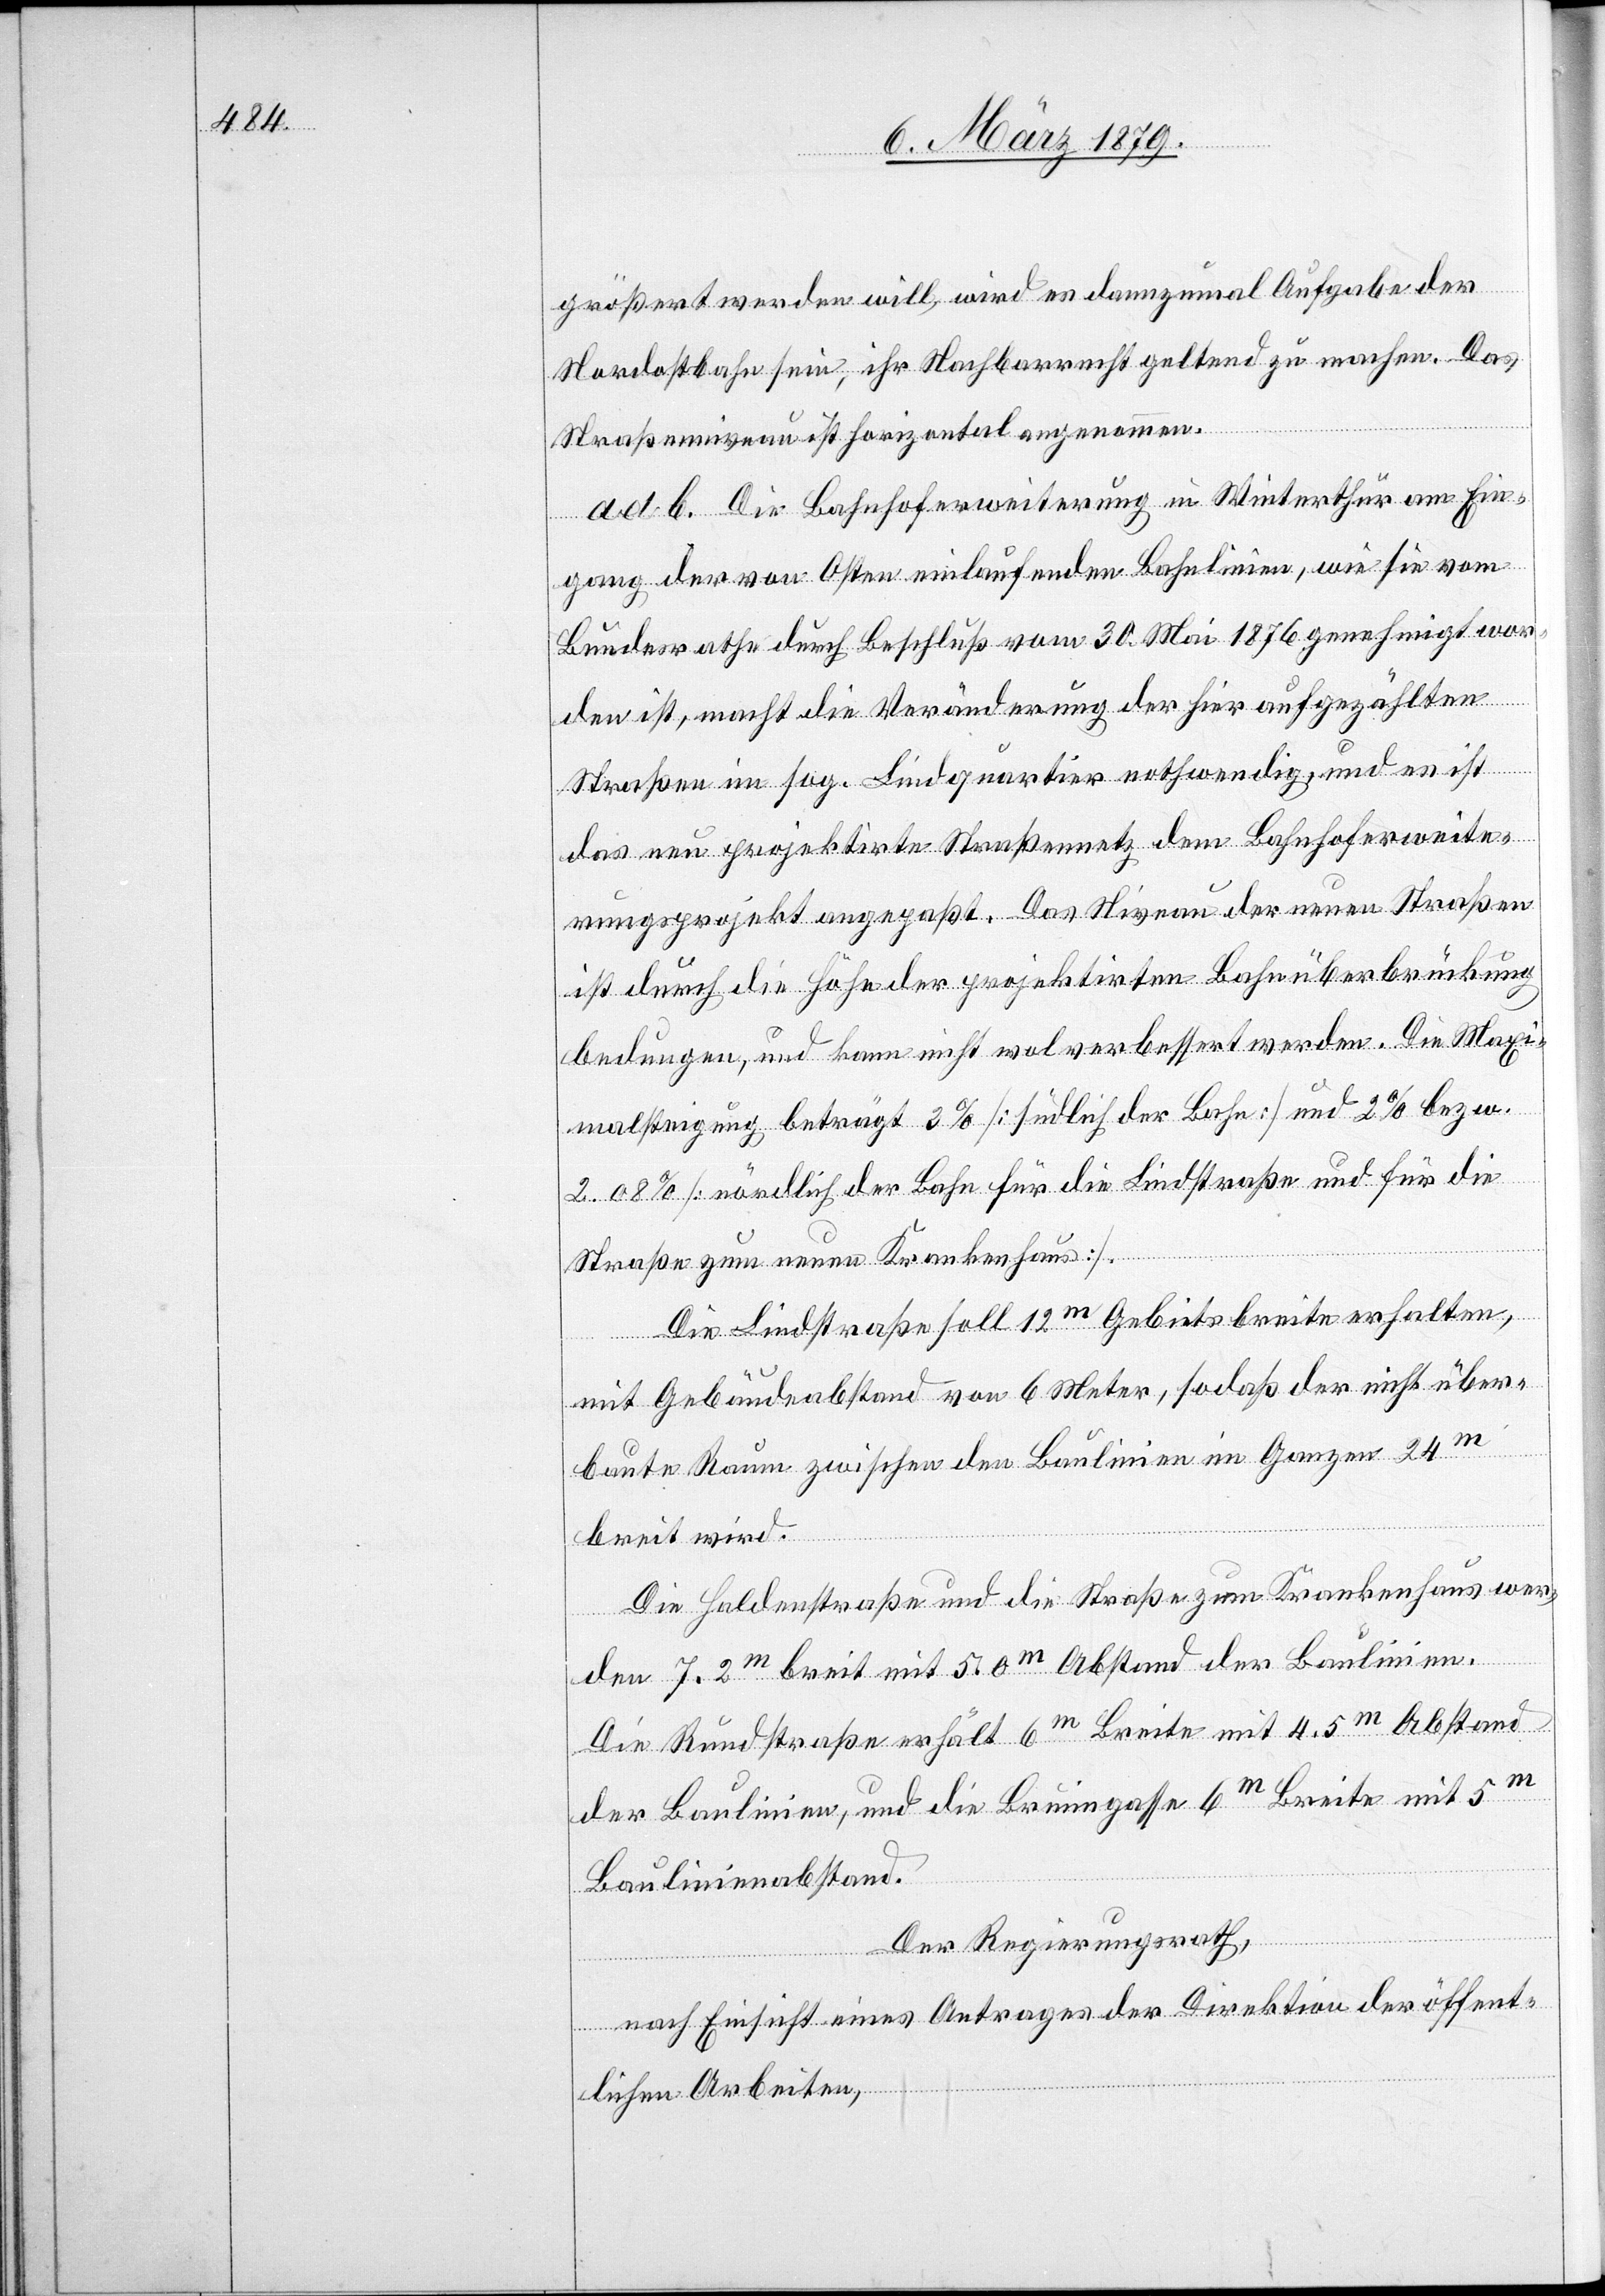
größert werden will, wird es dannzumal Aufgabe der
Nordostbahn sein, ihr Nachbarrecht geltend zu machen. Das
Straßenniveau ist horizontal angenommen.
ad b. Die Bahnhoferweiterung in Winterthur am Ein¬
gang der von Osten einlaufenden Bahnlinien, wie sie vom
Bundesrathe durch Beschluß vom 30. Mai 1876 genehmigt wor¬
den ist, macht die Veränderung der hier aufgezählten
Straßen im sog. Lindquartier nothwendig, und es ist
das neu projektirte Straßennetz dem Bahnhoferweite¬
rungsprojekt angepaßt. Das Niveau der neuen Straßen
ist durch die Höhe der projektirten Bahnüberbrückung
bedungen, und kann nicht wol verbessert werden. Die Maxi¬
malsteigung beträgt 3% [südlich der Bahn] und 2% bezw.
2.08% [nördlich der Bahn für die Lindstraße und für die
Straße zum neuen Krankenhaus].
Die Lindstraße soll 12m Gebietsbreite erhalten,
mit Gebäudeabstand von 6 Meter, sodaß der nicht über¬
baute Raum zwischen den Baulinien im Ganzen 24m
breit wird.
Die Haldenstraße und die Straße zum Krankenhaus wer¬
den 7.2m breit mit 5.0m Abstand der Baulinien.
Die Rundstraße erhält 6m Breite mit 4.5m Abstand
der Baulinien, und die Brunngasse 6m Breite mit 5m
Baulinienabstand.
Der Regierungsrath,
nach Einsicht eines Antrages der Direktion der öffent¬
lichen Arbeiten,